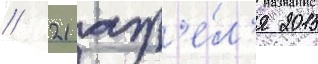
// 21 апр'е́л'я 2015